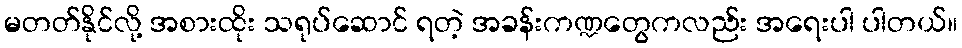
မတတ်နိုင်လို့ အစားထိုး သရုပ်ဆောင် ရတဲ့ အခန်းကဏ္ဍတွေကလည်း အရေးပါ ပါတယ်။